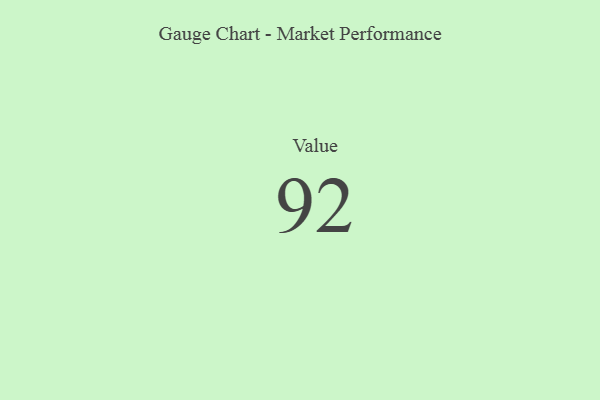
{"axis": {"x": "Metric", "y": "Value"}, "legend": [""], "data": [{"x": "Value", "y": 92, "type": ""}]}